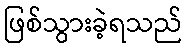
ဖြစ်သွားခဲ့ရသည်